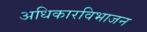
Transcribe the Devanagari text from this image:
अधिकारविभाजन